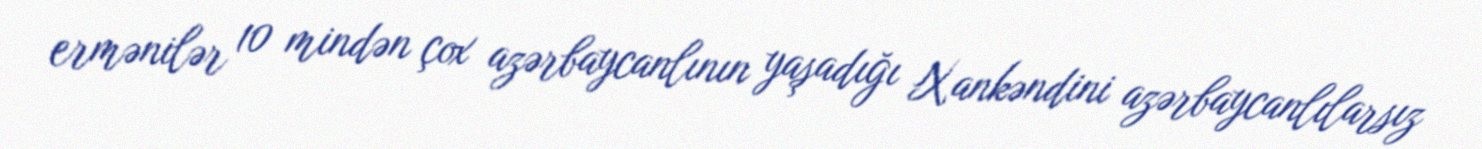
ermənilər 10 mindən çox azərbaycanlının yaşadığı Xankəndini azərbaycanlılarsız